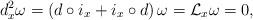
LaTeX: \begin{align*}d_x^2 \omega=\left(d \circ i_x+i_x \circ d\right)\omega={\cal L}_x\omega=0,\end{align*}